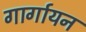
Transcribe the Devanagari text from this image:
गार्गायन